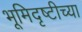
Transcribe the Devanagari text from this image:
भूमिदृष्टीच्या